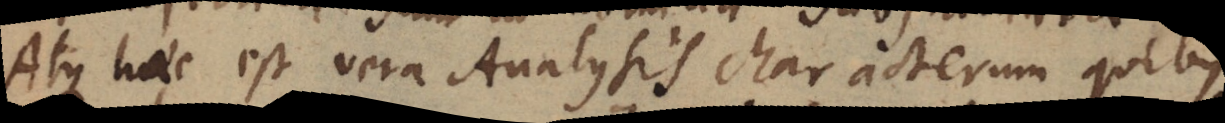
Atque haec est vera Analysis characterum quibus